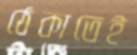
ঠেকাতেই